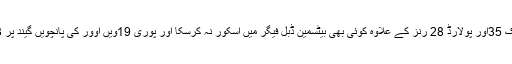
احمد شہزاد 11، شعیب ملک 35اور پولارڈ 28 رنز کے علاوہ کوئی بھی بیٹسمین ڈبل فیگر میں اسکور نہ کرسکا اور پوری 19ویں اوور کی پانچویں گیند پر 113رنز بناکر آؤٹ ہوگئی۔